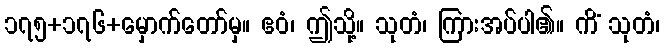
၁၇၅+၁၇၆+မှောက်တော်မှ။ ဧဝံ၊ ဤသို့။ သုတံ၊ ကြားအပ်ပါ၏။ ကိံ သုတံ၊